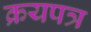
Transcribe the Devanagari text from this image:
क्रयपत्र